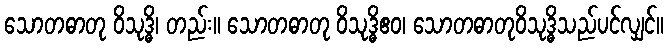
သောတဓာတု ဝိသုဒ္ဓိ၊ တည်း။ သောတဓာတု ဝိသုဒ္ဓိဧဝ၊ သောတဓာတုဝိသုဒ္ဓိသည်ပင်လျှင်။